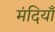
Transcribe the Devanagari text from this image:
मंदियाँ